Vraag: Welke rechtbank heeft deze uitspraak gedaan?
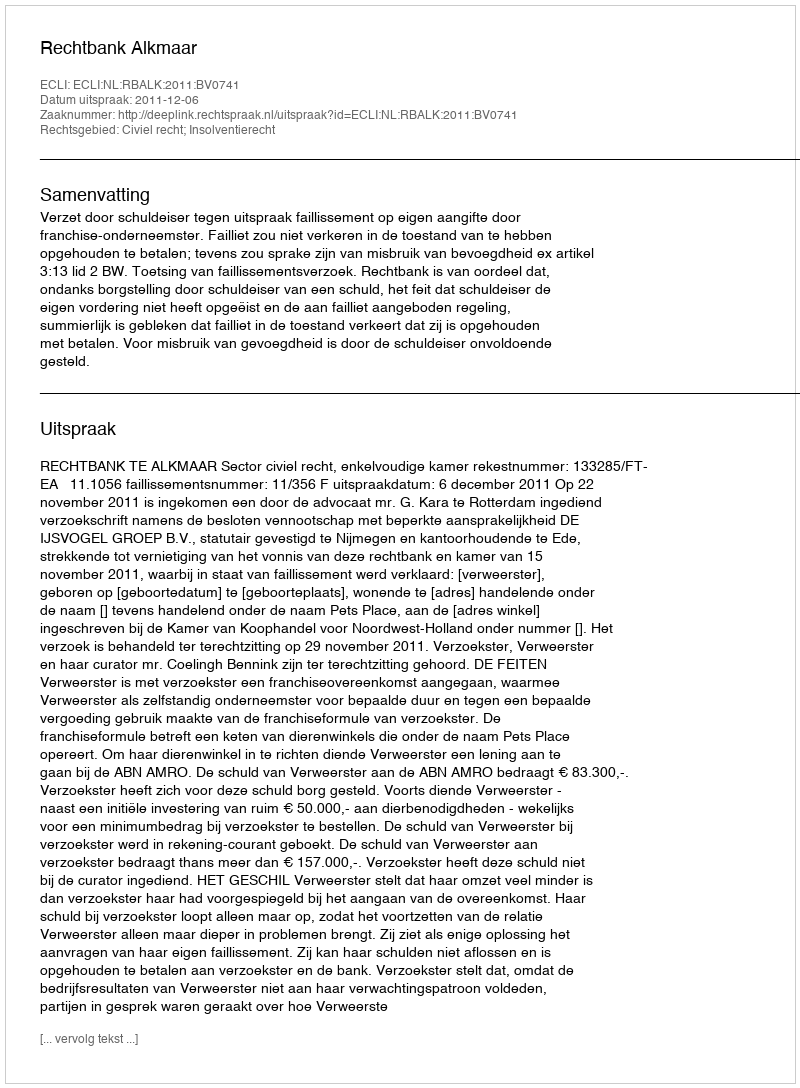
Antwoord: Rechtbank Alkmaar